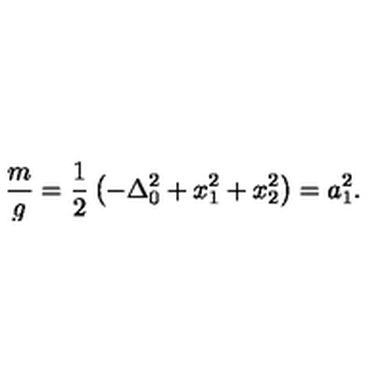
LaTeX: \frac { m } { g } = \frac { 1 } { 2 } \left( - \Delta _ { 0 } ^ { 2 } + x _ { 1 } ^ { 2 } + x _ { 2 } ^ { 2 } \right) = a _ { 1 } ^ { 2 } .